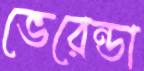
ভেরেন্ডা